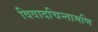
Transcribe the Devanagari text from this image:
विवादचिन्तामणि